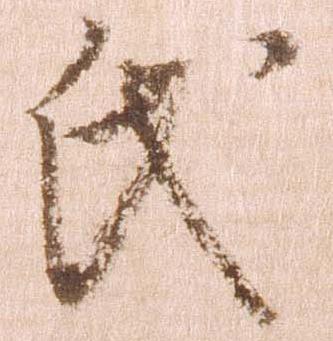
氏